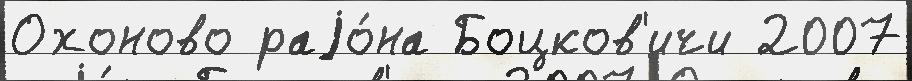
Охоново раjо́на Боцков'ичи 2007